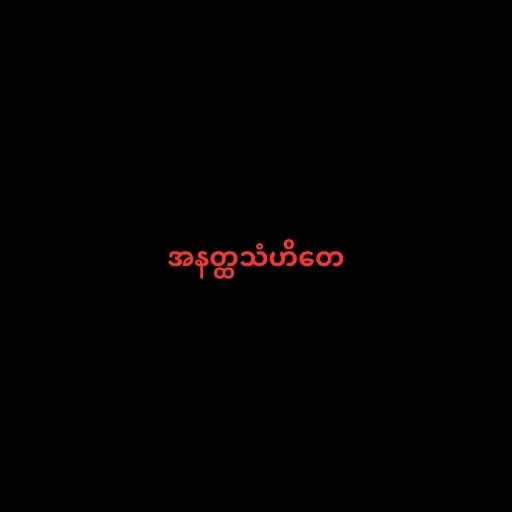
အနတ္ထသံဟိတေ